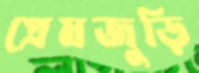
প্রেমজুড়ি